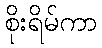
စိုးရိမ်ကာ